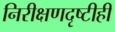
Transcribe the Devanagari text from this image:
निरीक्षणदृष्टीही